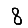
Digit: 8